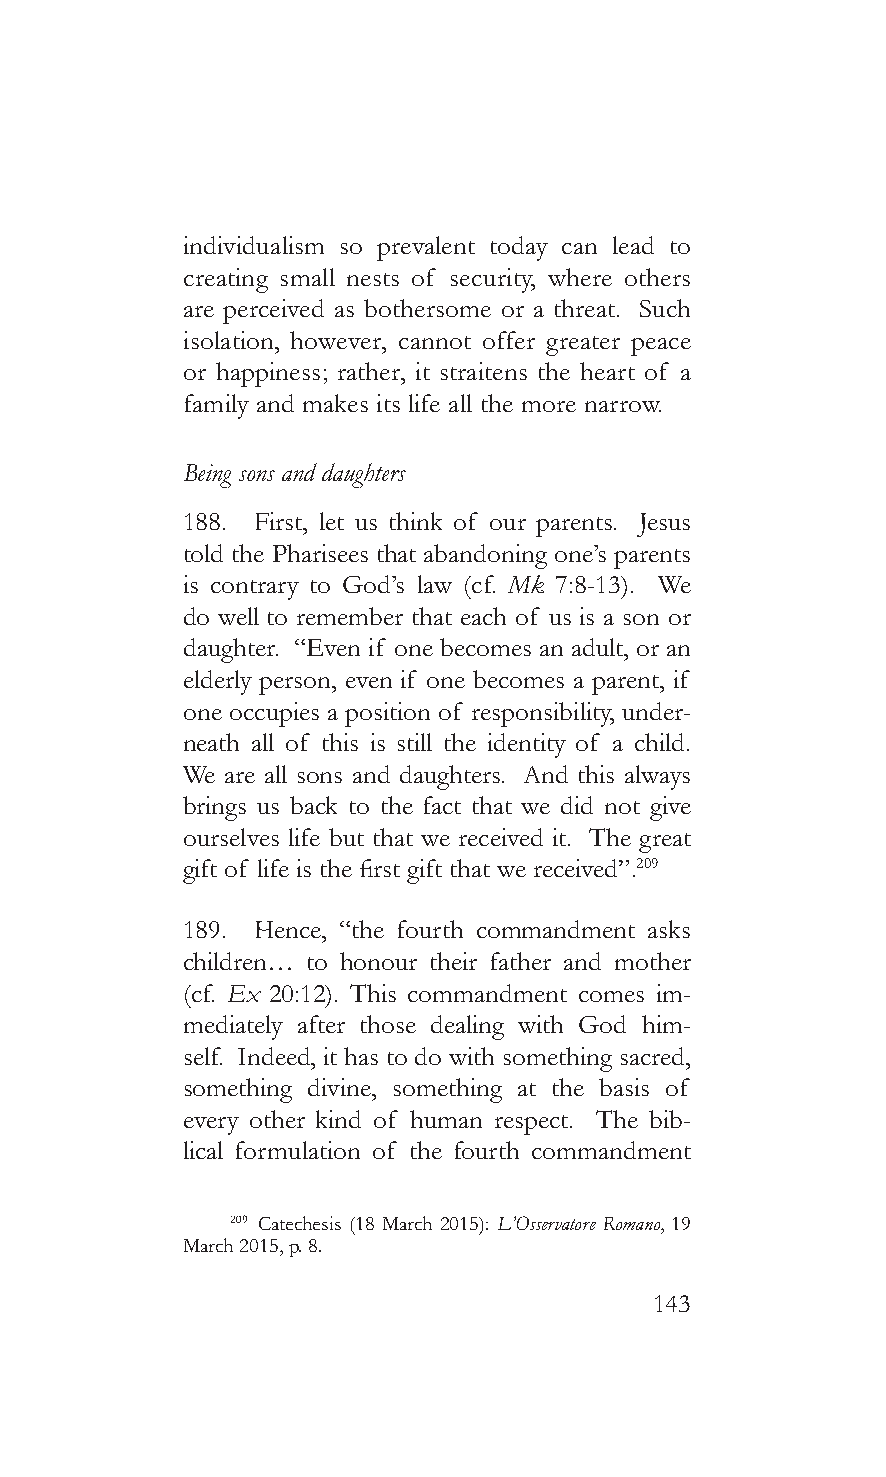
individualism so prevalent today can lead to
 creating small nests of security, where others
 are perceived as bothersome or a threat. Such
 isolation, however, cannot offer greater peace
 or happiness; rather, it straitens the heart of a
 family and makes its life all the more narrow.
 Being sons and daughters
 188. First, let us think of our parents. Jesus
 told the Pharisees that abandoning one’s parents
 is contrary to God’s law (cf. Mk 7:8-13). We
 do well to remember that each of us is a son or
 daughter. “Even if one becomes an adult, or an
 elderly person, even if one becomes a parent, if
 one occupies a position of responsibility, under-
 neath all of this is still the identity of a child.
 We are all sons and daughters. And this always
 brings us back to the fact that we did not give
 ourselves life but that we received it. The great
 gift of life is the first gift that we received”.209
 189. Hence, “the fourth commandment asks
 children… to honour their father and mother
 (cf. Ex 20:12). This commandment comes im-
 mediately after those dealing with God him-
 self. Indeed, it has to do with something sacred,
 something divine, something at the basis of
 every other kind of human respect. The bib-
 lical formulation of the fourth commandment
 209 Catechesis (18 March 2015): L’Osservatore Romano, 19
 March 2015, p. 8.
 143